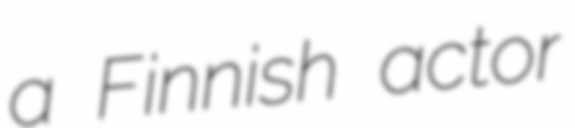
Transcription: a Finnish actor